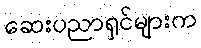
ဆေးပညာရှင်များက